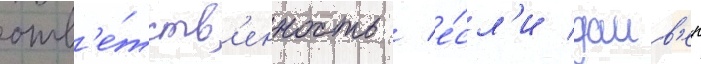
отв'е́тств'енность / е́сл'и даив'ер